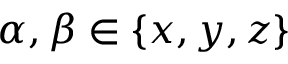
\alpha , \beta \in \left\{ x , y , z \right\}